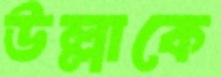
উল্লাকে